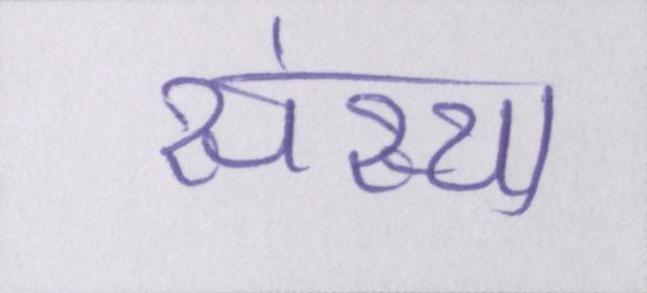
संस्था